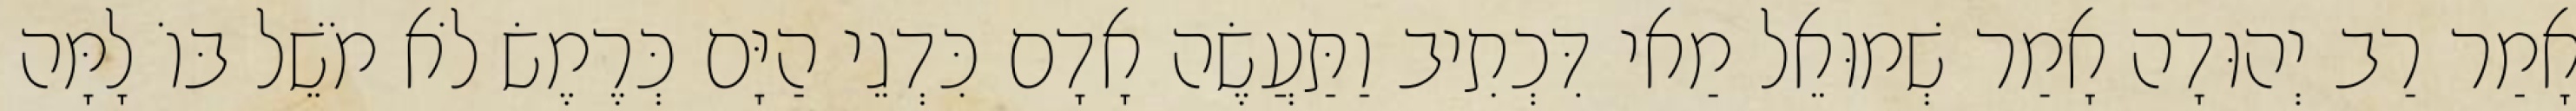
אָמַר רַב יְהוּדָה אָמַר שְׁמוּאֵל מַאי דִּכְתִיב וַתַּעֲשֶׂה אָדָם כִּדְגֵי הַיָּם כְּרֶמֶשׂ לֹא מֹשֵׁל בּוֹ לָמָּה